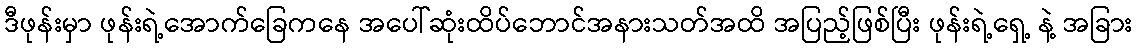
ဒီဖုန်းမှာ ဖုန်းရဲ့အောက်ခြေကနေ အပေါ်ဆုံးထိပ်ဘောင်အနားသတ်အထိ အပြည့်ဖြစ်ပြီး ဖုန်းရဲ့ရှေ့ နဲ့ အခြား